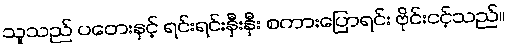
သူသည် ပတေးနှင့် ရင်းရင်းနှီးနှီး စကားပြောရင်း ဗိုင်းငင့်သည်။